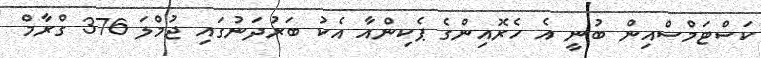
ކަސްޓަމްސްއިން ބުނީ އެ ހެރޮއިންގެ ޕެކިންއާ އެކު ބަރުދަނުގައި ޖުމްލަ 376 ގްރާމް